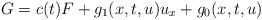
LaTeX: \begin{align*}G=c(t)F+g_1(x,t,u)u_x+g_0(x,t,u)\end{align*}